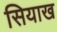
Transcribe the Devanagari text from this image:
सियाख